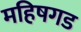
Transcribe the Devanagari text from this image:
महिषगड